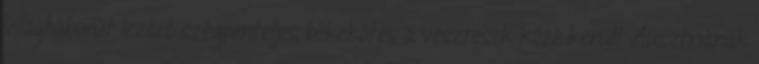
világháborút lezáró szégyenteljes békekötés a vesztesek közé került Ausztriának